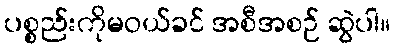
ပစ္စည်းကိုမဝယ်ခင် အစီအစဉ် ဆွဲပါ။